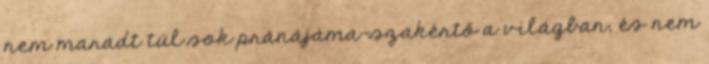
nem maradt túl sok pránájáma-szakértő a világban, és nem